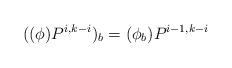
LaTeX: \begin{align*}((\phi)P^{i,k-i})_b &= (\phi_b)P^{i-1,k-i}\end{align*}